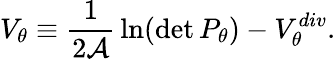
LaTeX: V_{\theta}\equiv{\frac{1}{2{\cal A}}}\, {\ln}(\operatorname*{det}P_{\theta})-V_{\theta}^{div}.